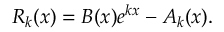
R _ { k } ( x ) = B ( x ) e ^ { k x } - A _ { k } ( x ) .